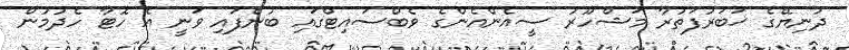
ދުނިޔޭގެ ޚަބަރުފަތުރާ މަޝްހޫރު ސީއެންއެންގެ ވެބްސައިޓްގައި ބުނެފައި ވަނީ އެ ހޮޓާ ހެދުމުން